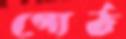
গোঠ